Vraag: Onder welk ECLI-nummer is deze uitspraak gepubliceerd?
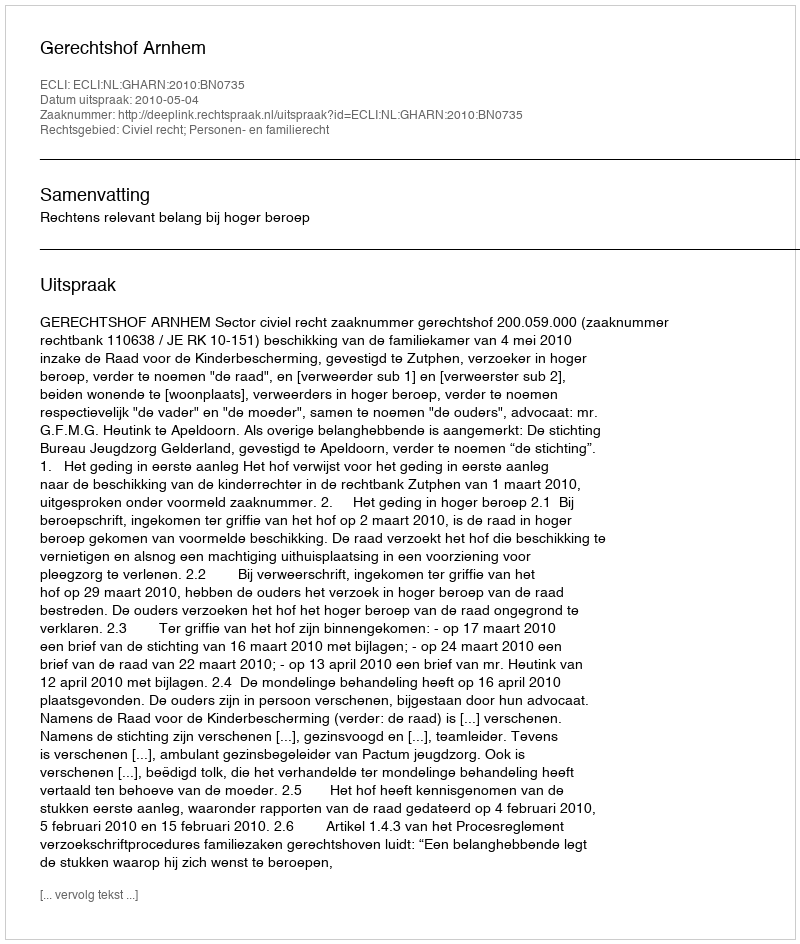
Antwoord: ECLI:NL:GHARN:2010:BN0735